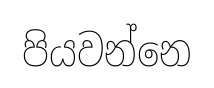
පියවන්නෙ